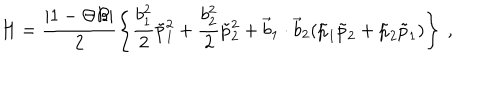
LaTeX: H = \frac { | 1 - \Theta { \cal B } | } { 2 } \left\{ \frac { b _ { 1 } ^ { 2 } } { 2 } \tilde { p } _ { 1 } ^ { 2 } + \frac { b _ { 2 } ^ { 2 } } { 2 } \tilde { p } _ { 2 } ^ { 2 } + { \vec { b } } _ { 1 } \cdot { \vec { b } } _ { 2 } ( \tilde { p } _ { 1 } \tilde { p } _ { 2 } + \tilde { p } _ { 2 } \tilde { p } _ { 1 } ) \right\} ~ ,